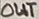
Text: OUT